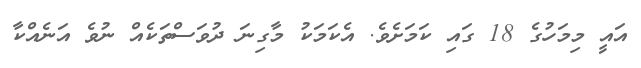
އައީ މިމަހުގެ 18 ގައި ކަމަށެވެ. އެކަމަކު މާގިނަ ދުވަސްތަކެއް ނުވެ އަނެއްކާ